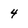
Character: 4